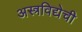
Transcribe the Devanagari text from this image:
अस्त्रविद्येची